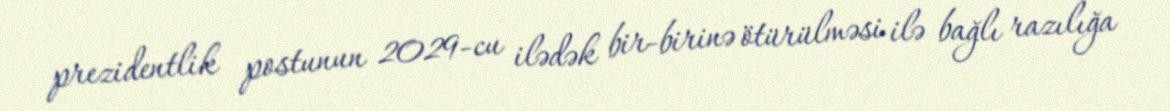
prezidentlik postunun 2029-cu ilədək bir-birinə ötürülməsi ilə bağlı razılığa